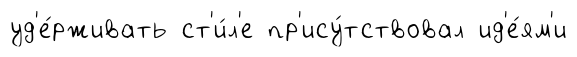
уд'е́рживать ст'и́л'е пр'ису́тствовал ид'е́ям'и